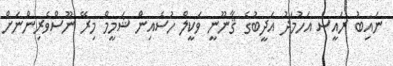
ނައިބު ރައީސް އަހުމަދު އަދީބުގެ ޤާނޫނީ ވަކީލް ހުސެއިން ޝަމީމް މިރޭ ނޫސްވެރިންނަށް